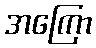
အကြော